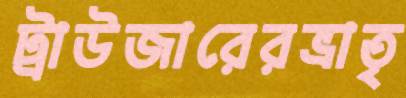
ট্রাউজারেরভ্রাতৃ